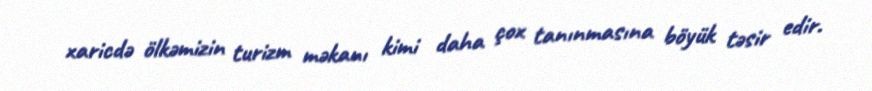
xaricdə ölkəmizin turizm məkanı kimi daha çox tanınmasına böyük təsir edir.